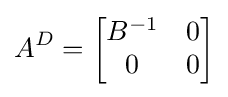
A^{D}={\begin{bmatrix}B^{-1}&0\\0&0\end{bmatrix}}